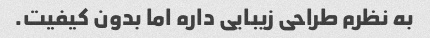
به نظرم طراحی زیبایی داره اما بدون کیفیت.